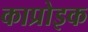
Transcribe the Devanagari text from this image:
काप्रोइक